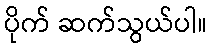
ပိုက် ဆက်သွယ်ပါ။